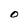
Character: O